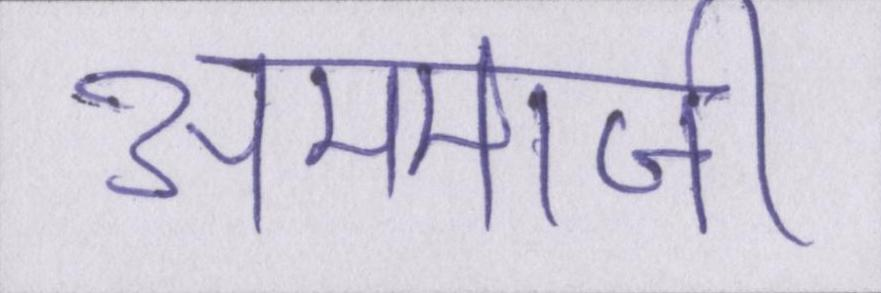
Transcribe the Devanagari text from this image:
अम्माजी